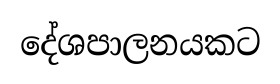
දේශපාලනයකට